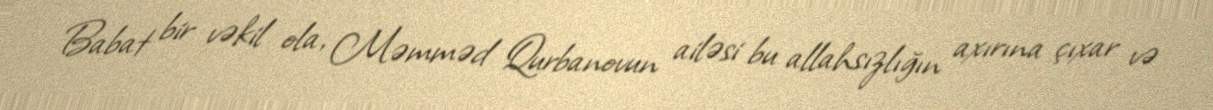
Babat bir vəkil ola, Məmməd Qurbanovun ailəsi bu allahsızlığın axırına çıxar və